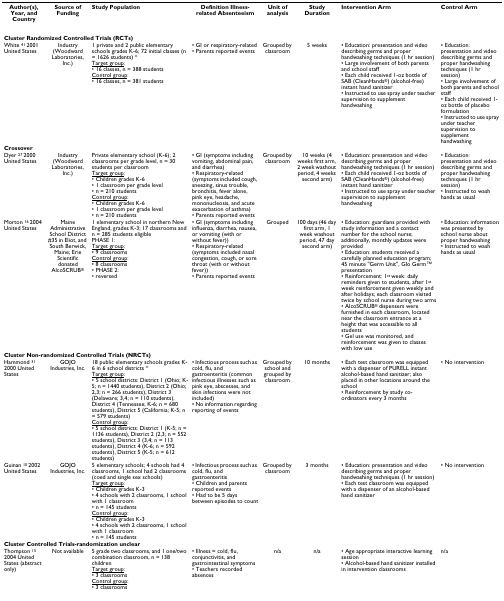
<table><thead><tr><td><b>Author(s), Year, and Country</b></td><td><b>Source of Funding</b></td><td><b>Study Population</b></td><td><b>Definition Illness-related Absenteeism</b></td><td><b>Unit of analysis</b></td><td><b>Study Duration</b></td><td><b>Intervention Arm</b></td><td><b>Control Arm</b></td></tr></thead><tbody><tr><td colspan="8"><b>Cluster Randomized Controlled Trials (RCTs)</b></td></tr><tr><td>White <sup>41 </sup>2001 United States</td><td>Industry (Woodward Laboratories, Inc.)</td><td>1 private and 2 public elementary schools grades K-6; 72 initial classes (n = 1626 students) *<underline>Target group</underline>:• 16 classes, n = 388 students<underline>Control group</underline>:• 16 classes, n = 381 students</td><td>• GI or respiratory-related• Parents reported events</td><td>Grouped by classroom</td><td>5 weeks</td><td>• Education: presentation and video describing germs and proper handwashing techniques (1 hr session)• Large involvement of both parents and school staff• Each child received 1-oz bottle of SAB (CleanHands<sup>®</sup>) (alcohol-free) instant hand sanitizer• Instructed to use spray under teacher supervision to supplement handwashing</td><td>• Education: presentation and video describing germs and proper handwashing techniques (1 hr session)• Large involvement of both parents and school staff• Each child received 1-oz bottle of placebo formulation• Instructed to use spray under teacher supervision to supplement handwashing</td></tr><tr><td colspan="8"><b>Crossover</b></td></tr><tr><td>Dyer <sup>27 </sup>2000 United States</td><td>Industry (Woodward Laboratories, Inc.)</td><td>Private elementary school (K-6); 2 classrooms per grade level, n = 30 students per classroom<underline>Target group</underline>:• Children grades K-6• 1 classroom per grade level• n = 210 students<underline>Control group</underline>:• Children grades K-6• 1 classroom per grade level• n = 210 students</td><td>• GI (symptoms including vomiting, abdominal pain, and diarrhea)• Respiratory-related (symptoms included cough, sneezing, sinus trouble, bronchitis, fever alone, pink eye, headache, mononucleosis, and acute exacerbation of asthma)• Parents reported events</td><td>Grouped by classroom</td><td>10 weeks (4 weeks first arm, 2 week washout period, 4 weeks second arm)</td><td>• Education: presentation and video describing germs and proper handwashing techniques (1 hr session)• Each child received 1-oz bottle of SAB (CleanHands<sup>®</sup>) (alcohol-free) instant hand sanitizer• Instructed to use spray under teacher supervision to supplement handwashing</td><td>• Education: presentation and video describing germs and proper handwashing techniques (1 hr session)• Instructed to wash hands as usual</td></tr><tr><td>Morton <sup>16 </sup>2004 United States</td><td>Maine Administrative School District #35 in Eliot, and South Berwick, Maine; Erie Scientific donated AlcoSCRUB<sup>®</sup></td><td>1 elementary school in northern New England, grades K-3; 17 classrooms and n = 285 students eligiblePHASE 1:<underline>Target group</underline>:• 9 classrooms<underline>Control group</underline>:• 8 classrooms• PHASE 2:• reversed</td><td>• GI (symptoms including influenza, diarrhea, nausea, or vomiting (with or without fever))• Respiratory-related (symptoms included nasal congestion, cough, or sore throat (with or without fever))• Parents reported events</td><td>Grouped</td><td>100 days (46 day first arm, 1 week washout period, 47 day second arm)</td><td>• Education: guardians provided with study information and a contact number for the school nurse; additionally, monthly updates were provided• Education: students received a carefully planned education program; 45 minute &quot;Germ Unit&quot;, Glo GermTM presentation• Reinforcement: 1<sup>st </sup>week: daily reminders given to students, after 1<sup>st </sup>week reinforcement given weekly and after holidays; each classroom visited twice by school nurse during two arms• AlcoSCRUB<sup>® </sup>dispensers were furnished in each classroom, located near the classroom entrance at a height that was accessible to all students• Gel use was monitored, and reinforcement was given to classes with low use</td><td>• Education: information was presented by school nurse about proper handwashing• Instructed to wash hands as usual</td></tr><tr><td colspan="8"><b>Cluster Non-randomized Controlled Trials (NRCTs)</b></td></tr><tr><td>Hammond <sup>31 </sup>2000 United States</td><td>GOJO Industries, Inc.</td><td>18 public elementary schools grades K-6 in 6 school districts *<underline>Target group</underline>:• 5 school districts: District 1 (Ohio; K-5; n = 1440 students), District 2 (Ohio; 2,3; n = 266 students), District 3 (Delaware; 3,4; n = 110 students), District 4 (Tennessee; K-6; n = 680 students), District 5 (California; K-5; n = 579 students)<underline>Control group</underline>:• 5 school districts: District 1 (K-5; n = 1136 students), District 2 (2,3; n = 552 students), District 3 (3,4; n = 113 students), District 4 (K-6; n = 592 students), District 5 (K-5; n = 612 students)</td><td>• Infectious process such as cold, flu, and gastroenteritis (common infectious illnesses such as pink eye, abscesses, and skin infections were not included)• No information regarding reporting of events</td><td>Grouped by school and grouped by classroom</td><td>10 months</td><td>• Each test classroom was equipped with a dispenser of PURELL instant alcohol-based hand sanitizer; also placed in other locations around the school• Reinforcement by study co-ordinators every 3 months</td><td>• No intervention</td></tr><tr><td>Guinan <sup>10 </sup>2002 United States</td><td>GOJO Industries, Inc.</td><td>5 elementary schools; 4 schools had 4 classrooms, 1 school had 2 classrooms (coed and single sex schools)<underline>Target group</underline>:• Children grades K-3• 4 schools with 2 classrooms, 1 school with 1 classroom• n = 145 students<underline>Control group</underline>:• Children grades K-3• 4 schools with 2 classrooms, 1 school with 1 classroom• n = 145 students</td><td>• Infectious process such as cold, flu, and gastroenteritis• Children and parents reported events• Had to be 5 days between episodes to count</td><td>Grouped by classroom</td><td>3 months</td><td>• Education: presentation and video describing germs and proper handwashing techniques (1 hr session)• Each test classroom was equipped with a dispenser of an alcohol-based hand sanitizer</td><td>• No intervention</td></tr><tr><td colspan="8"><b>Cluster Controlled Trials-randomization unclear</b></td></tr><tr><td>Thompson <sup>15 </sup>2004 United States (abstract only)</td><td>Not available</td><td>5 grade two classrooms, and 1 one/two combination classroom, n = 138 children<underline>Target group</underline>:• 3 classrooms<underline>Control group</underline>:• 3 classrooms</td><td>• Illness = cold, flu, conjunctivitis, and gastrointestinal symptoms• Teachers recorded absences</td><td>n/a</td><td>n/a</td><td>• Age appropriate interactive learning session• Alcohol-based hand sanitizer installed in intervention classrooms</td><td>n/a</td></tr></tbody></table>